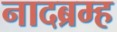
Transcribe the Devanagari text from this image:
नादब्रम्ह